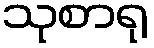
သုစာရု